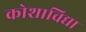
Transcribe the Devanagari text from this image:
कोशाविद्या